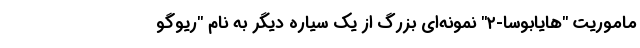
ماموریت "هایابوسا-۲" نمونه‌ای بزرگ از یک سیاره دیگر به نام "ریوگو